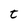
Character: t